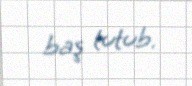
baş tutub.